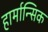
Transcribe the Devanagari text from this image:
हार्मान्सिक